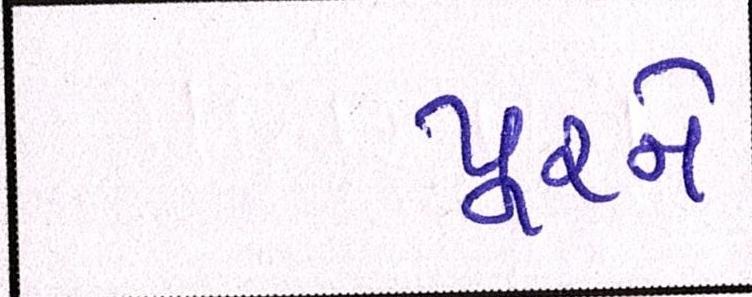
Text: પૂરને